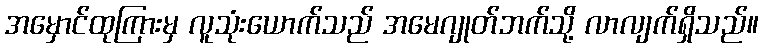
အမှောင်ထုကြားမှ လူသုံးယောက်သည် အမေဂျုတ်ဘက်သို့ လာလျက်ရှိသည်။